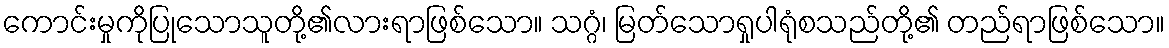
ကောင်းမှုကိုပြုသောသူတို့၏လားရာဖြစ်သော။ သဂ္ဂံ၊ မြတ်သောရှုပါရုံစသည်တို့၏ တည်ရာဖြစ်သော။